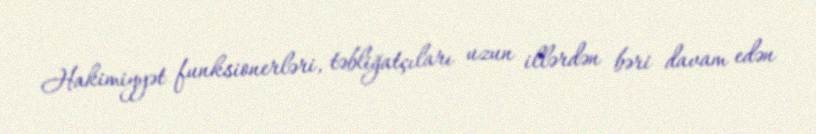
Hakimiyyət funksionerləri, təbliğatçıları uzun illərdən bəri davam edən